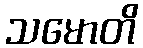
သမောတိ